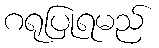
ဂရုပြုရမည်